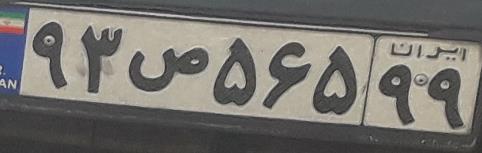
۹۳ص۵۶۵۹۹